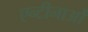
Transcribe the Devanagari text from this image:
एन्टीनाओं